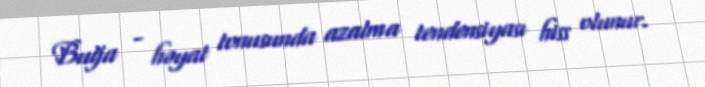
Buğa - həyat tonusunda azalma tendensiyası hiss olunur.